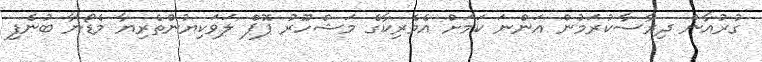
ގުރުއާން ދިރާސާކުރަމުން އަންނަ ކަމަށް އެމެރިކާގެ މަޝްހޫރު ޕޮޕް ލަވަކިޔުންތެރިޔާ މެޑޯނާ ބުނެފި